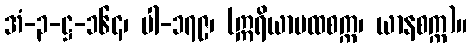
အံ-၃-ဋ္ဌ-၁၆၄၊ ပါ-၁၇၉၊ (ဣရိယာပထစက္က၊ ယာနစက္က)။